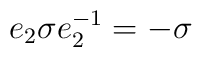
e_2 \sigma e_2^{-1} = -\sigma